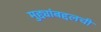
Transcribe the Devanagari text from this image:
मुद्द्यांबद्दलची